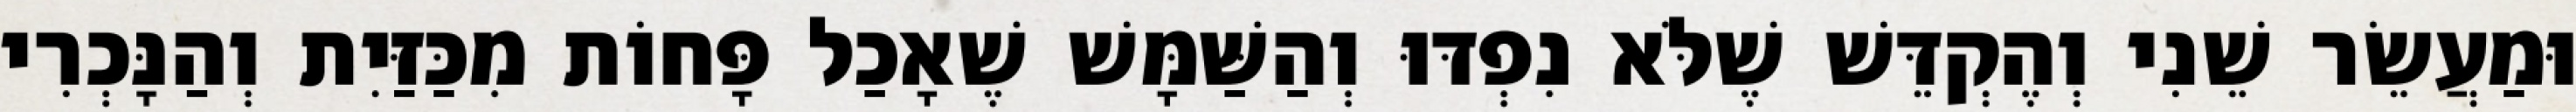
וּמַעֲשֵׂר שֵׁנִי וְהֶקְדֵּשׁ שֶׁלֹּא נִפְדּוּ וְהַשַּׁמָּשׁ שֶׁאָכַל פָּחוֹת מִכַּזַּיִת וְהַנָּכְרִי